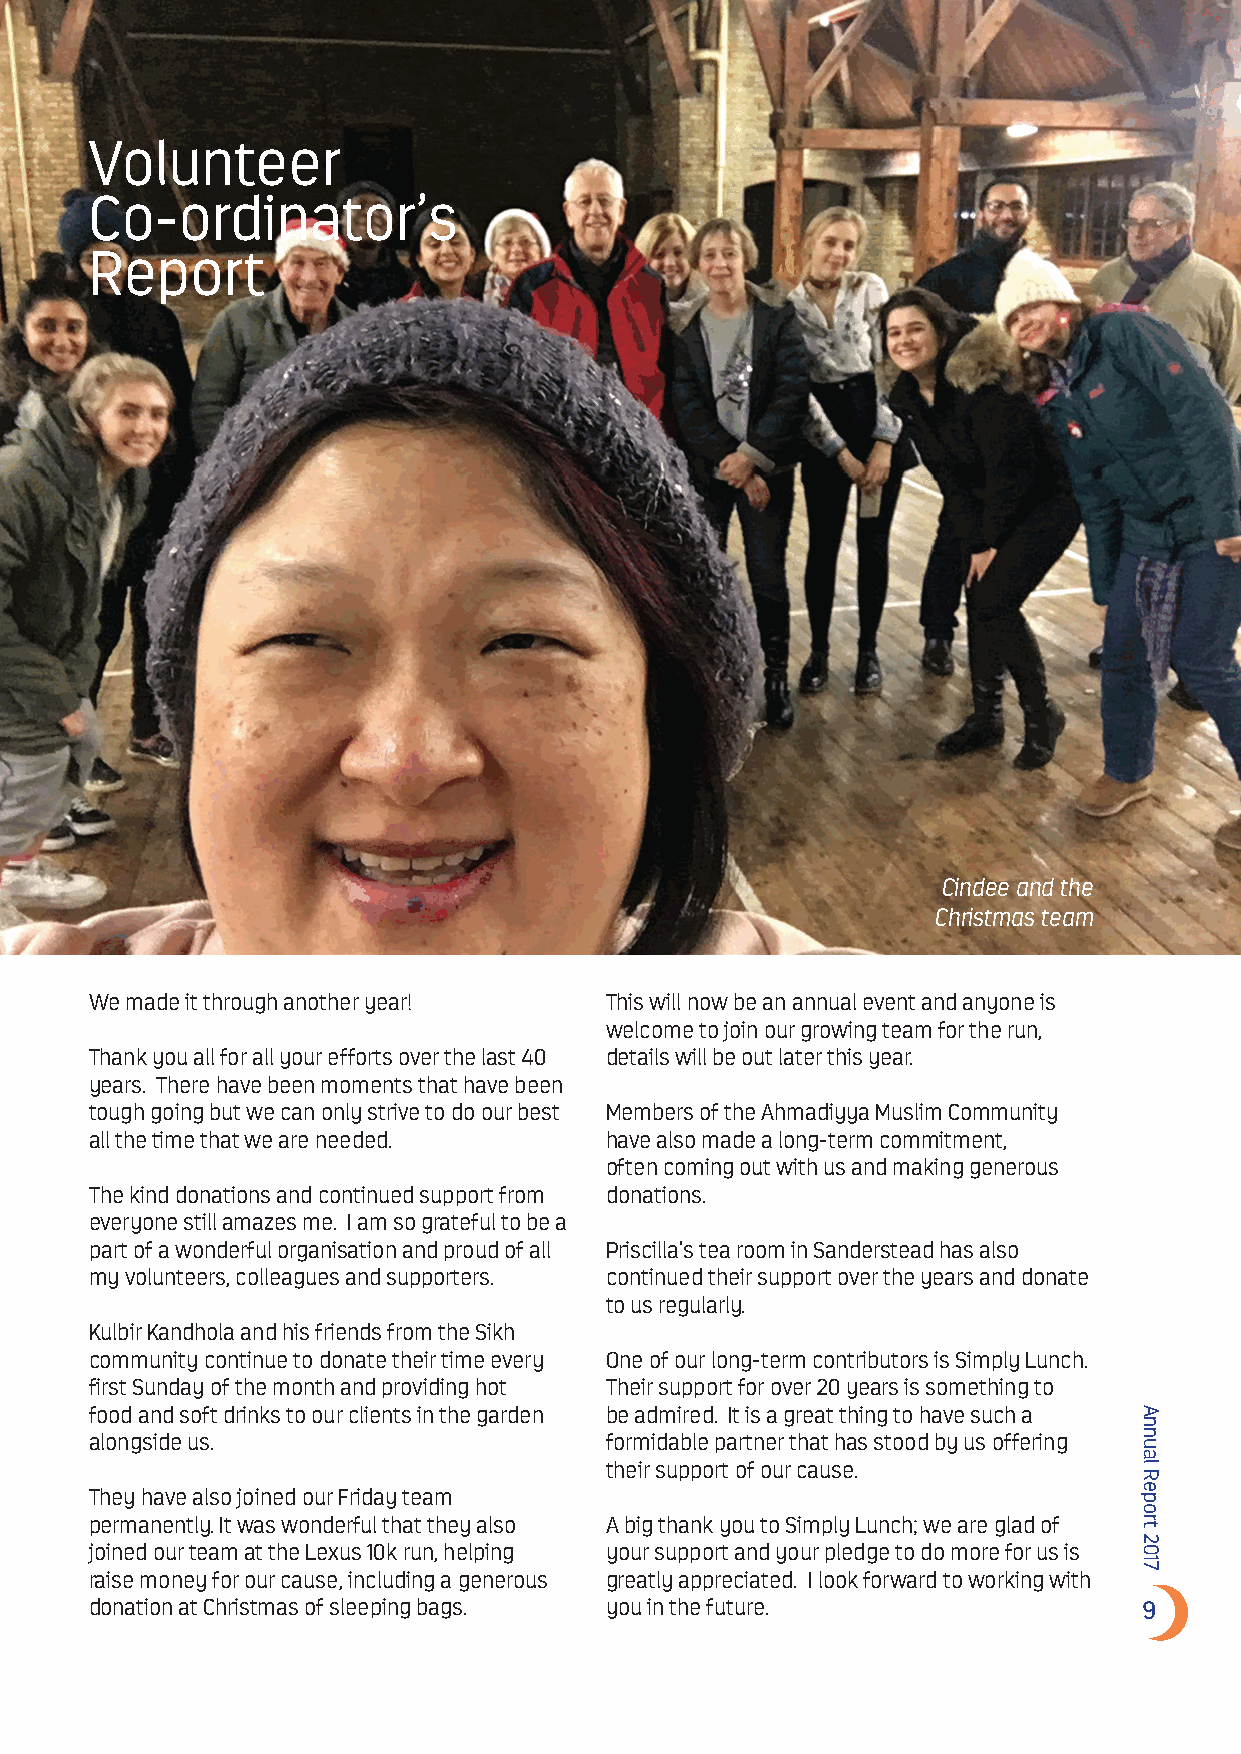
Volunteer
 Co-ordinator’s
 Report
 Cindee and the
 Christmas team
 We made it through another year!  This will now be an annual event and anyone is
 welcome to join our growing team for the run,
 Thank you all for all your efforts over the last 40 details will be out later this year.
 years. There have been moments that have been
 tough going but we can only strive to do our best Members of the Ahmadiyya Muslim Community
 all the time that we are needed.  have also made a long-term commitment,
 often coming out with us and making generous
 The kind donations and continued support from donations.
 everyone still amazes me. I am so grateful to be a
 part of a wonderful organisation and proud of all Priscilla’s tea room in Sanderstead has also
 my volunteers, colleagues and supporters. continued their support over the years and donate
 to us regularly.
 Kulbir Kandhola and his friends from the Sikh
 community continue to donate their time every One of our long-term contributors is Simply Lunch.
 first Sunday of the month and providing hot Their support for over 20 years is something to
 food and soft drinks to our clients in the garden be admired. It is a great thing to have such a
 alongside us.                     formidable partner that has stood by us offering
 their support of our cause.
 They have also joined our Friday team
 permanently. It was wonderful that they also A big thank you to Simply Lunch; we are glad of
 joined our team at the Lexus 10k run, helping your support and your pledge to do more for us is
 raise money for our cause, including a generous greatly appreciated. I look forward to working with
 donation at Christmas of sleeping bags. you in the future.            9
 Annual
 Report
 2017